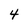
Character: 4